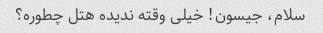
سلام، جیسون! خیلی وقته ندیده هتل چطوره؟